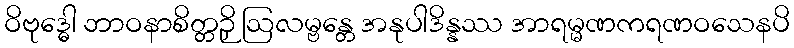
ဝိဗုဒ္ဓေါ ဘာဝနာစိတ္တဉှိ ဩလမ္ဗန္တေ အနုပါဒိန္နဿ အာရမ္မဏကရဏဝသေနပိ